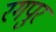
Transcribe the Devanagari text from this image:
रगपुर